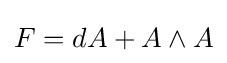
F=dA+A\wedge A